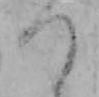
つ